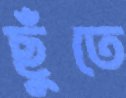
ছুঁতে